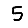
Digit: 5